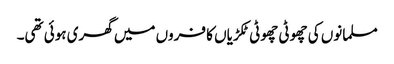
مسلمانوں کی چھوٹی چھوٹی ٹکڑیاں کا فروں میں گھری ہوئی تھی۔